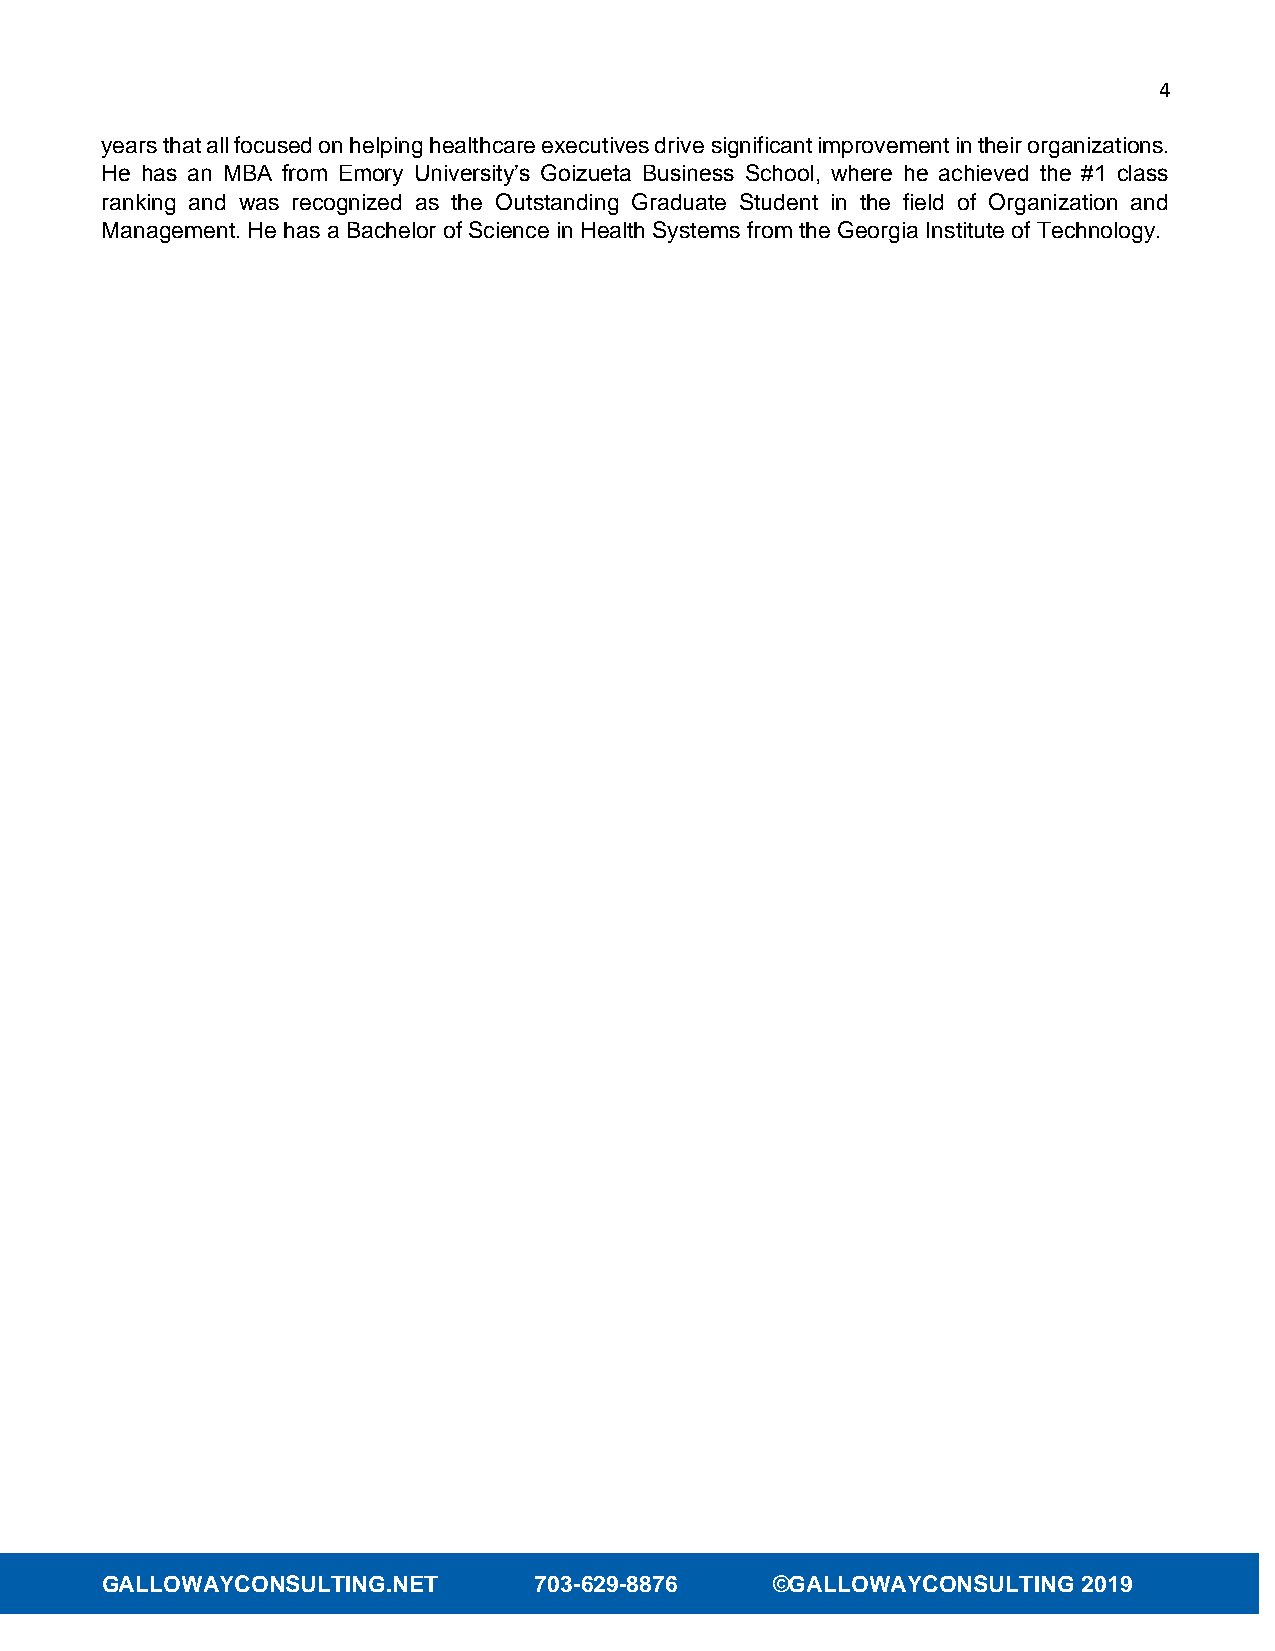
4
 years that all focused on helping healthcare executives drive significant improvement in their organizations.
 He has an MBA from Emory University’s Goizueta Business School, where he achieved the #1 class
 ranking and was recognized as the Outstanding Graduate Student in the field of Organization and
 Management. He has a Bachelor of Science in Health Systems from the Georgia Institute of Technology.
 GALLOWAYCONSULTING.NET      703-629-8876    ©GALLOWAYCONSULTING  2019